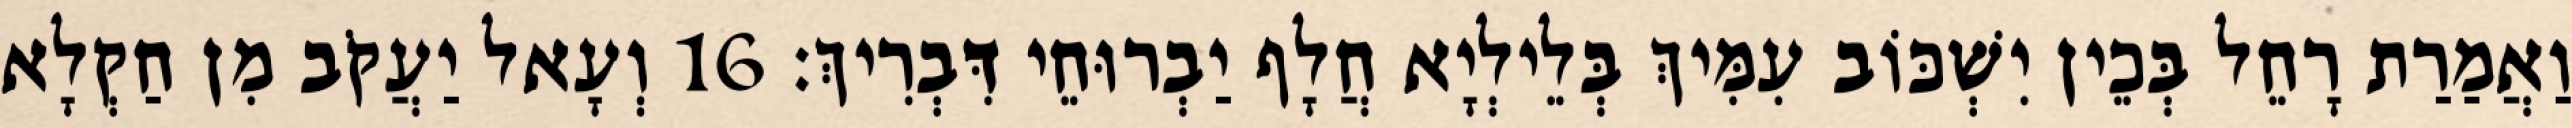
וַאֲמַרַת רָחֵל בְּכֵין יִשְׁכּוֹב עִמִּיךְ בְּלֵילְיָא חֲלָף יַבְרוּחֵי דִּבְרִיךְ׃ 16 וְעָאל יַעֲקֹב מִן חַקְלָא